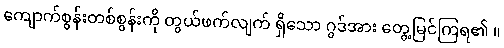
ကျောက်စွန်းတစ်စွန်းကို တွယ်ဖက်လျက် ရှိသော ဂွဒ်အား တွေ့မြင်ကြရ၏ ။